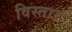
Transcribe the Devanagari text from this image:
विस्तारः